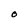
Character: O